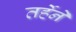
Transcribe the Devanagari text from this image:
तर्हेनें